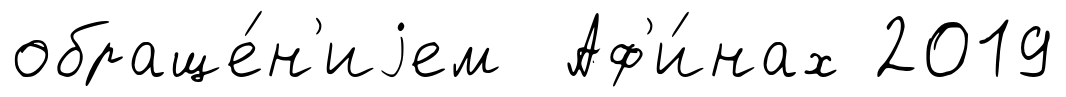
обраще́н'иjем Аф'и́нах 2019